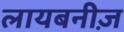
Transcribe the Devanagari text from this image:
लायबनीज़